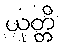
ယုတ္တိ